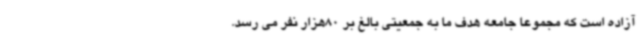
آزاده است که مجموعا جامعه هدف ما به جمعیتی بالغ بر 80هزار نفر می رسد.